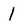
Character: 1